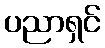
ပညာရှင်